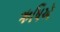
ઋષિઍ